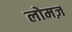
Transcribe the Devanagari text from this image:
लोमज़